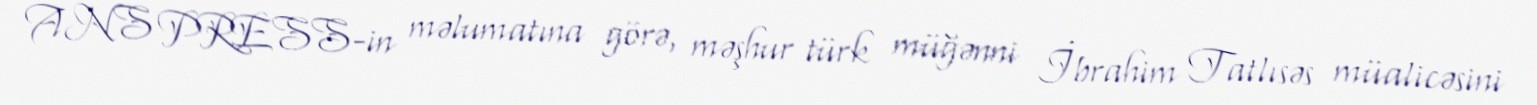
ANS PRESS-in məlumatına görə, məşhur türk müğənni İbrahim Tatlısəs müalicəsini